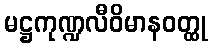
မဋ္ဌကုဏ္ဍလီဝိမာနဝတ္ထု